Vaccination in the Punjab 1905-1918 - 1905-1918
Year: 1905
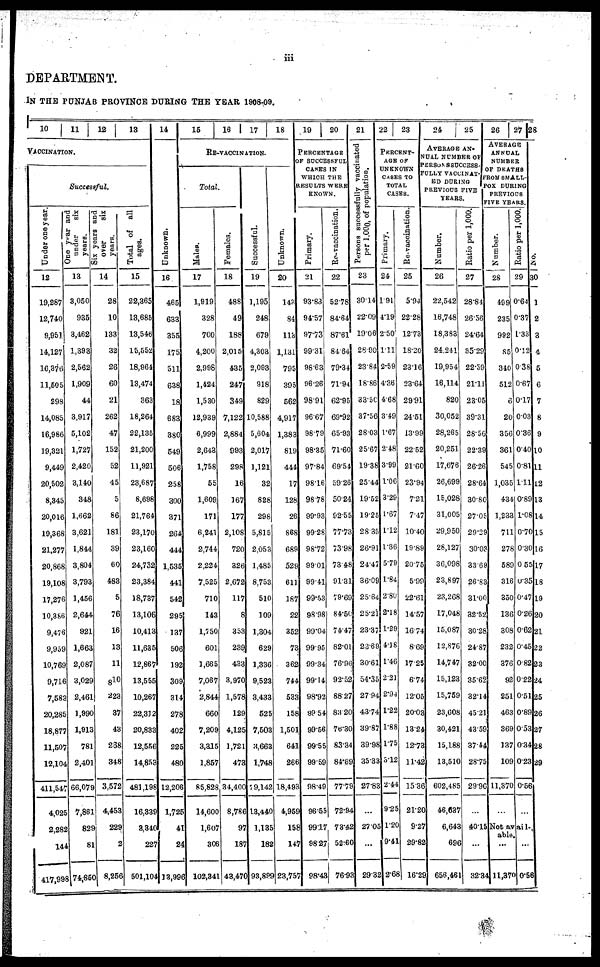
iii
DEPARTMENT.
IN THE PUNJAB PROVINCE DURING THE YEAR 1908-09.
10
11
12
13
VACCINATION.
Successful.
Under one year.
12
19,287
12,740
9,951
14,127
16,376
11,505
298
14,085
16,986
19,321
9,449
20,502
8,345
20,016
19,368
21,277
20,868
19,108
17,276
10,386
9,476
9,959
10,769
9,716
7,583
20,285
18,877
11,507
12,104
411,547
4,025
2,282
144
417,998
One year and
under
six
years.
13
3,050
935
3,462
1,393
2,562
1,909
44
3,917
5,102
1,727
2,420
3,140
348
1,662
3,621
1,844
3,804
3,793
1,456
2,644
921
1,663
2,087
3,029
2,461
1,990
1,913
781
2,401
66,079
7,861
829
81
74,850
Six years and
over
six
years.
14
28
10
133
32
26
60
21
262
47
152
52
45
5
86
181
39
60
483
5
76
16
13
11
810
223
37
43
268
348
3,572
4,453
229
2
8,256
Total of
all
ages.
15
22,365
13,685
13,546
15,552
18,964
13,474
363
18,264
22,135
21,200
11,921
23,687
8,698
21,764
23,170
23,160
24,732
23,384
18,737
13,106
10,413
11,635
12,867
13,555
10,267
22,312
20,833
12,556
14,853
481,198
16,339
3,340
227
501,104
14
Unknown.
16
465
633
355
175
511
638
18
683
380
549
506
258
300
371
264
444
1,535
441
542
295
137
506
192
309
314
278
402
225
480
12,206
1,725
41
24
13,996
15
16
17
18
RE-VACCINATION.
Total.
Males.
17
1,919
328
700
4,200
2,998
1,424
1,530
12,939
6,999
2,643
1,758
55
1,609
171
6,241
2,744
2,224
7,525
710
143
1,750
601
1,665
7,067
2,844
660
7,209
3,315
1,857
85,828
14,600
1,607
306
102,341
Females.
18
488
49
188
2,015
435
247
349
7,122
2,884
993
298
16
167
177
2,108
720
326
2,672
117
8
353
239
433
3,970
1,578
129
4,125
1,721
473
34,400
8,786
97
187
43,470
Successful.
19
1,195
248
679
4,303
2,093
918
829
10,588
5,604,
2,017
1,121
32
828
298
5,815
2,053
1,485
8,753
510
109
1,304,
629
1,336
9,523
3,433
525
7,503
3,663
1,748
79,142
13,440
1,135
182
93,899
Unknown.
20
143
84
113
1,131
795
395
562
4,917
1,383
819
444
17
128
26
868
689
529
611
187
22
352
73
362
744
533
158
1,501
641
266
18,493
4,959
158
147
23,757
19
20
PERCENTAGE
OF SUCCESSFUL
CASES IN
WHICH THE
RESULTS WERE
KNOWN.
Primary.
21
93.83
94.57
97.73
99.31
98.63
96.26
98.91
96.67
98.79
98.35
97.84
98.16
98.78
99.93
99.28
98.72
99.01
99.41
99.53
98.98
99.04
99.95
99.34
99.14
98.92
99.54
99.56
99.55
99.59
98.49
96.55
99.17
98.27
98.43
Re-vaccination.
22
52.78
84.64
87.61
84.64
79.34
71.94
62.95
69.92
65.93
71.60
69.54
59.26
50.24
92.55
77.73
73.98
73.48
91.31
79.69
84.50
74.47
82.01
76.96
92.52
88.27
83.20
76.30
83.34
84.69
77.79
72.94
73.42
52.60
76.93
21
Persons successfully vaccinated
per 1,000, of population.
23
30.14
22.09
19.06
28.90
23.84
18.86
33.50
37.56
28.03
25.67
19.38
25.44
19.52
19.25
28.35
26.91
24.47
36.09
25.64
25.21
23.37
23.69
30.61
54.35
27.94
43.74
39.87
39.98
35.33
27.83
...
27.05
...
29.32
22
23
PERCENT-
AGE OF
UNKNOWN
CASES TO
TOTAL
CASES.
Primary.
24
1.91
4.19
2.50
1.11
2.59
4.36
4.68
3.49
1.67
2.48
3.99
1.06
3.29
1.67
1.12
1.86
5.79
1.84
2.80
2.18
1.29
4.18
1.46
2.21
2.94
1.22
1.88
1.75
3.12
2.44
9.25
1.20
9.41
2.68
Re-vaccination.
25
5.94
22.28
12.73
18.20
23.16
23.64
29.91
24.51
13.99
22.52
21.60
23.94
7.21
7.47
10.40
19.89
20.75
5.99
22.61
14.57
16.74
8.69
17.25
6.74
12.05
20.03
13.24
12.73
11.42
15.36
21.20
9.27
29.82
16.29
24
25
AVERAGE AN-
NUAL NUMBER OF
PERSONS SUCCESS-
FULLY VACCINAT-
ED DURING
PREVIOUS FIVE
YEARS.
Number.
26
22,542
16,748
18,383
24,241
19,954
16,114
820
30,052
28,265
20,251
17,676
26,699
15,028
31,005
29,950
28,127
36,098
23,897
23,268
17,048
15,087
12,876
14,747
15,123
15,759
23,608
30,421
15,188
13,510
602,485
46,637
6,643
696
656,461
Ratio per 1,000.
27
28.84
26.56
24.64
35.29
22.59
21.11
23.05
39.31
28.56
22.39
26.26
28.64
30.80
27.05
29.29
30.03
33.69
26.83
31.00
32.52
30.28
24.87
32.00
35.62
32.14
45.21
43.59
37.44
28.75
29.96
...
40.15
...
32.34
26
27
AVERAGE
ANNUAL
NUMBER
OF DEATHS
FROM SMALL-
POX DURING
PREVIOUS
FIVE YEARS.
Number.
28
499
235
992
85
340
512
6
20
356
361
545
1,035
434
1,233
711
278
589
316
350
136
308
232
376
92
251
463
369
137
109
11,370
...
Ratio per 1,000.
29
0.64
0.37
1.33
0.12
0.38
0.67
0.17
0.03
0.36
0.40
0.81
1.11
0.89
1.08
0.70
0.30
0.55
0.35
0.47
0.26
0.62
0.45
0.82
0.22
0.51
0.89
0.53
0.34
0.23
0.56
...
Not avail-
able.
...
11,370
...
0.56
28
No.
30
1
2
3
4
5
6
7
8
9
10
11
12
13
14
15
16
17
18
19
20
21
22
23
24
25
26
27
28
29